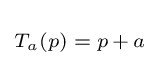
\scriptstyle T_{a}(p)\;=\;p\,+\,a